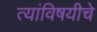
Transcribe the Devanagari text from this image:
त्यांविषयीचे